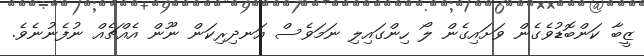
ޒީބާ ކަންބޮޑުވެގެން ވަށައިގެން ލޯ ހިންގައިލި ނަމަވެސް އަނދިރިކަން ނޫން އެއްޗެއް ނުފެނުނެވެ.